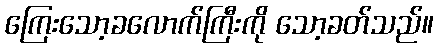
ကြေးသော့ခလောက်ကြီးကို သော့ခတ်သည်။